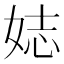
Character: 娡